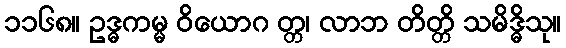
၁၁၆၈။ ဥဒ္ဓကမ္မ ဝိယောဂ တ္တ၊ လာဘ တိတ္တိ သမိဒ္ဓိသု။